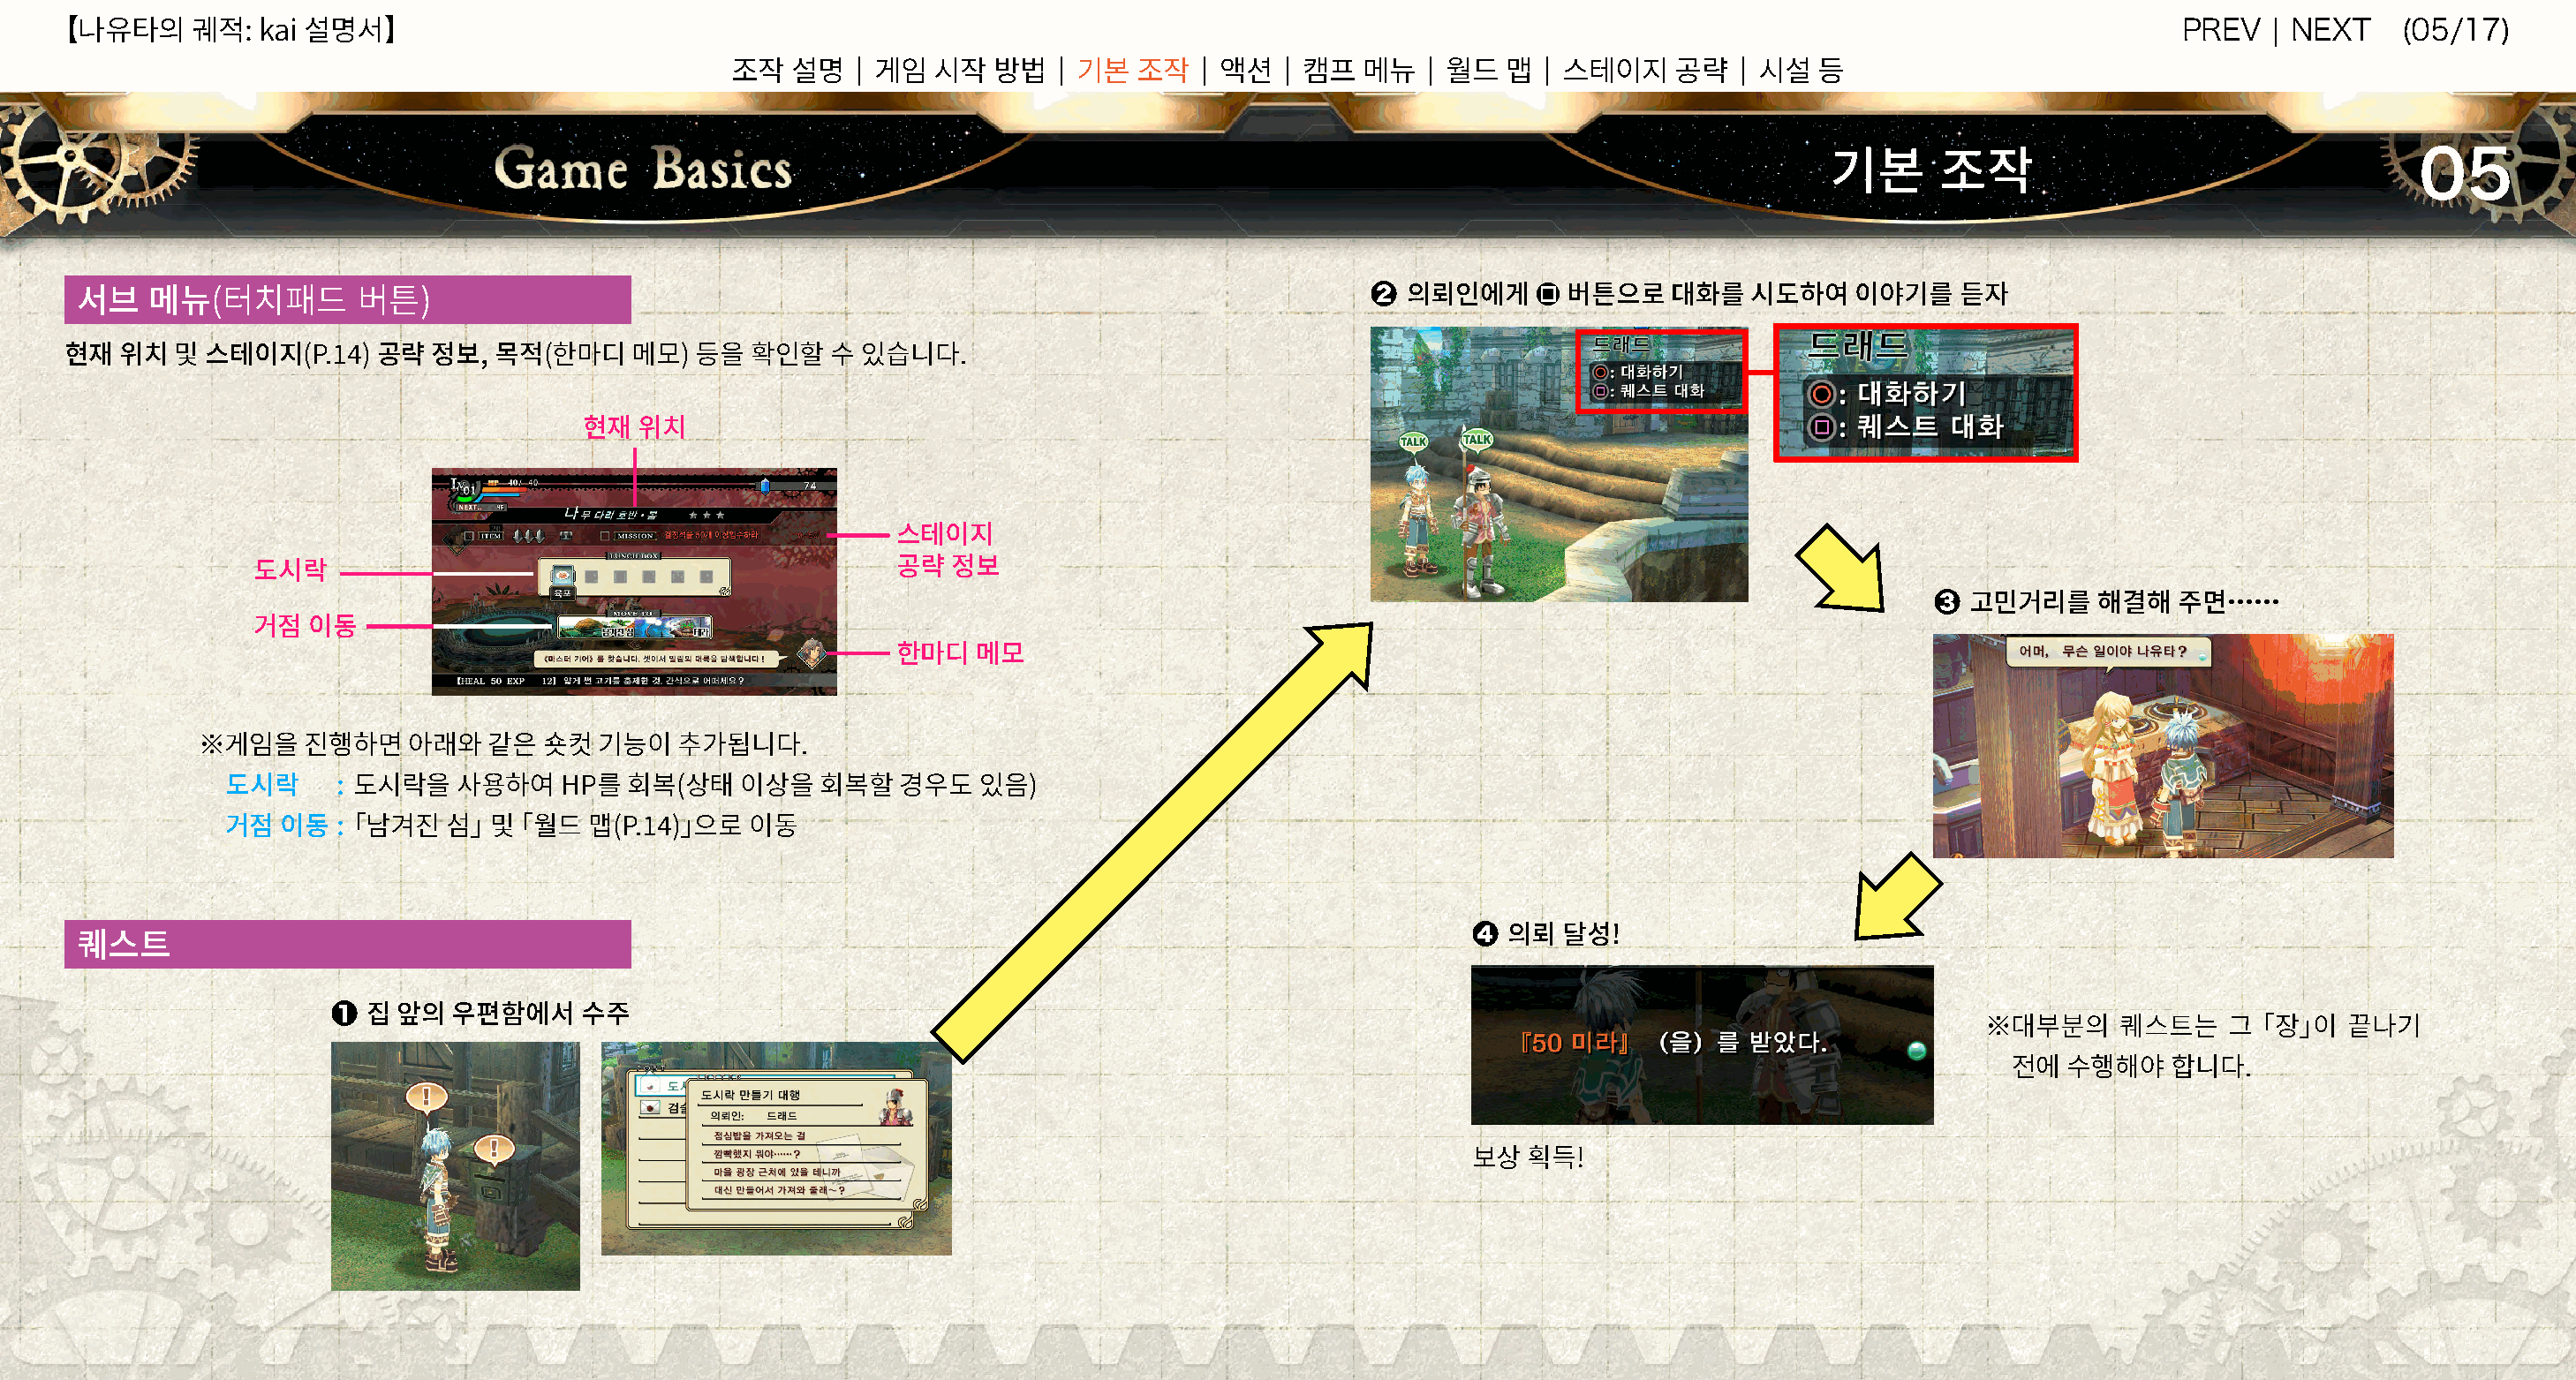
【                        】                                                                                                                                      PREV  | NEXT    (05/17)
 나유타의    궤적:  kai 설명서
 |              |          |     |          |        |             |
 조작  설명     게임  시작  방법     기본  조작    액션     캠프  메뉴    월드   맵   스테이지     공략    시설  등
 05
 기본�조작
 gF
 ❷
 의뢰인에게        버튼으로   대화를   시도하여    이야기를    듣자
 서브�메뉴(터치패드�버튼)
 현재  위치  및 스테이지(P.��)   공략  정보,  목적(한마디    메모)  등을  확인할   수  있습니다.
 현재  위치
 스테이지
 도시락                                             공략  정보
 ❸                     ……
 고민거리를    해결해   주면
 거점  이동
 한마디   메모
 ※게임을    진행하면    아래와   같은  숏컷  기능이   추가됩니다.
 도시락     : 도시락을   사용하여    HP를  회복(상태    이상을   회복할  경우도   있음)
 거점  이동  :「남겨진   섬」  및「 월드  맵(P.��)」으로  이동
 ❹
 의뢰  달성!
 퀘스트
 ❶
 집  앞의  우편함에서     수주
 ※대부분의     퀘스트는    그「  장」이  끝나기
 전에  수행해야    합니다.
 보상  획득!